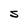
Character: S